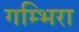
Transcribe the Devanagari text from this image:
गम्भिरा